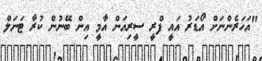
"އަހަރެންނަށް އޯޑަރު އައީ ފްރީ ސީރިއަން އާމީ އިން ބޭނުން ކުރާ ޓަނަލް